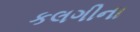
કલગીના